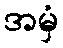
အမှံ